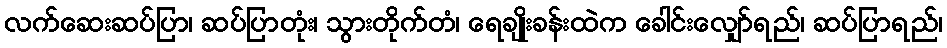
လက်ဆေးဆပ်ပြာ၊ ဆပ်ပြာတုံး၊ သွားတိုက်တံ၊ ရေချိုးခန်းထဲက ခေါင်းလျှော်ရည်၊ ဆပ်ပြာရည်၊